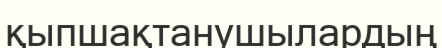
қыпшақтанушылардың